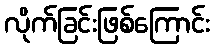
လိုက်ခြင်းဖြစ်ကြောင်း